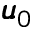
\pmb { u } _ { 0 }